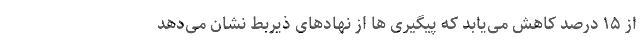
از ۱۵ درصد کاهش می‌یابد که پیگیری ها از نهادهای ذیربط نشان می‌دهد